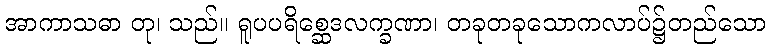
အာကာသဓာ တု၊ သည်။ ရူပပရိစ္ဆေဒလက္ခဏာ၊ တခုတခုသောကလာပ်၌တည်သော